Burma Government Medical School reports 1923-41
Year: 1923
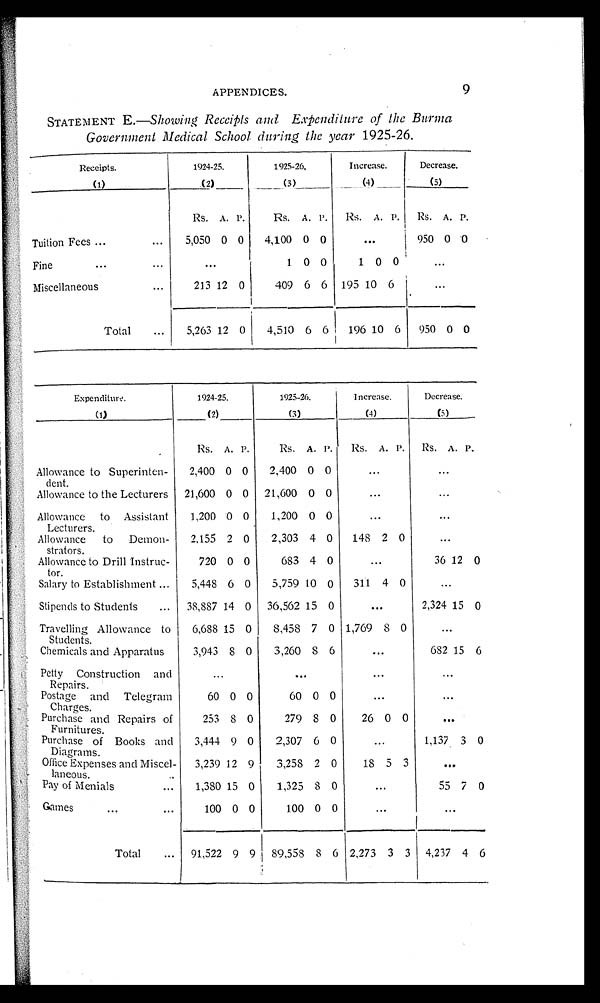
APPENDICES.
9
STATEMENT E.— Showing Receipts and Expenditure of the Burma
Government Medical School during the year 1925-26.
Receipts.
1924-25.
1 9 2 5 - 2 6 .
Increase.
Decrease.
(1)
(2)
(3 )
(4)
(5)
Rs. A. P.
Rs. A. P. Rs. A. P. Rs. A. P.
Tuition Fees ...
... 5,050 0 0 4,100 0 0
. . .
950 0 0
Fine
...
...
. . .
1 0 0
1 0 0
...
Miscellaneous...
2 1 3 1 2 0
409 6 6 195 10 6
...
Total ... 5,263 12 0 4,510 6 6 196 10 6 950 0 0
Expenditure.
1924-25.
1925-26.
I ncrease.
Decrease.
(1)
(2)
(3)
(4)
___
(5)
Rs. A. P.
Rs. A. P. Rs. A. P. Rs. A. P.
Allowance to Superinten-
dent.
2,400 0 0 2,400 0 0
...
...
Allowance to the Lecturers 21,600 0 0 21,600 0 0
....
...
Allowance to Assistant
Lecturers.
1,200 0 0 1,200 0 0
...
...
Allowance to Demon-
strators.
2.155 2 0 2,303 4 0 148 2 0
...
Allowance to Drill Instruc-
tor.
720 0 0
683 4 0
...
36 12 0
Salary to Establishment ... 5,448 6 0 5,759 10 0 311 4 0
...
Stipends to Students ... 38,887 14 0 36,562 15 0
. . .
2,324 15 0
Travelling Allowance to
Students.
6,688 15 0 8,458 7 0 1,769 8 0
...
Chemicals and Apparatus
3,943 8 0 3,260 8 6
...
682 15 6
Petty Construction and
Repairs.
...
. . .
...
Postage and Telegram
Charges.
60 0 0
60 0 0
...
...
Purchase and Repairs of
Furnitures.
253 8 0
279 8 0
26 0 0
...
Purchase of Books and
Diagrams.
3,444 9 0 2,307 6 0
...
1,137 3 0
Office Expenses and Miscel-
laneous.
3,239 12 9 3,258 2 0
18 5 3
...
Pay of Menials
... 1,380 15 0 1,325 8
...
55 7 0
G ames... ... ...
1 0 0 0 0
100 0 0
. ..
...
Total ... 91,522 9 9 89,558 8 6 2,273 3 3 4,237 4 6